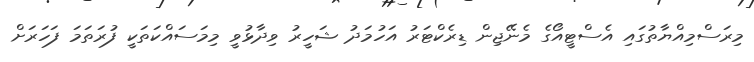
މިރަސްމިއްޔާތުގައި އެސްޓީއޯގެ މެނޭޖިން ޑިރެކްޓަރު އަހުމަދު ޝަހީރު ވިދާޅުވީ މިމަސައްކަތަކީ ފުރަތަމަ ފަހަރަށް